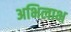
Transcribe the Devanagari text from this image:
अभिलाभ